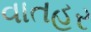
વાતહર